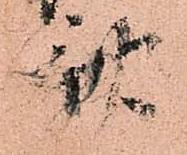
斎